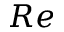
R e